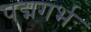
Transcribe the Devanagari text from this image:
पद्मगर्भः